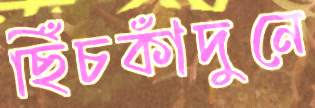
ছিঁচকাঁদুনে